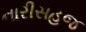
નારીસહજ